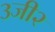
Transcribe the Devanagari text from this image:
३जी२